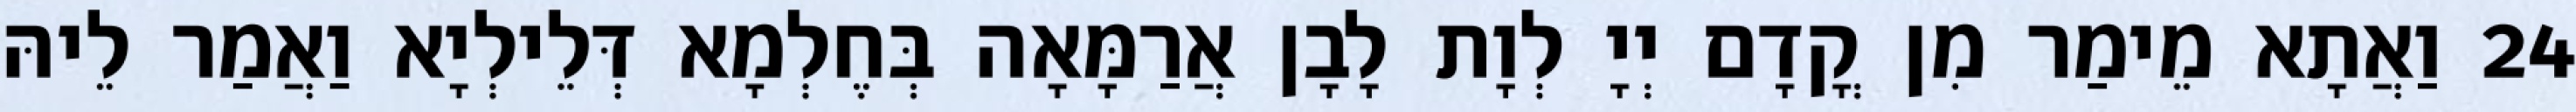
24 וַאֲתָא מֵימַר מִן קֳדָם יְיָ לְוָת לָבָן אֲרַמָּאָה בְּחֶלְמָא דְּלֵילְיָא וַאֲמַר לֵיהּ